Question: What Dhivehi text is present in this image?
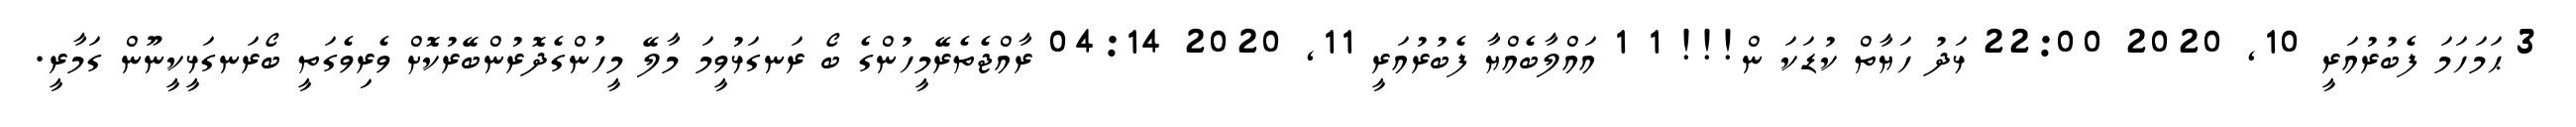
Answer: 3 ޙަމަހަމަ ފެބުރުއަރީ 10, 2020 22:00 ޅަދު ހަޔާތް ކުޑަކަ ން!!! 1 1 އައްލާބެއްޔާ ފެބުރުއަރީ 11, 2020 04:14 ރާއްޖެތެރޭމީހުންގެ ބޯ ރަނގަޅުވީމަ މާލޭ މީހުންގެދޮރުންބޭރުކޮށް ވެރިވެގަތީ ބޯރަނގަޅީކީނޫން ގަމާރީ.